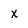
Character: x